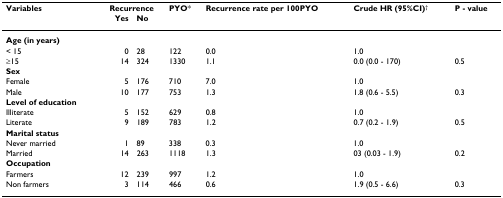
| Variables | <COLSPAN=2> Recurrence | PYO* | Recurrence rate per 100PYO | Crude HR (95%CI)† | P - value |
 |  | Yes | No |  |  |  |  |
 | --- | --- | --- | --- | --- | --- | --- |
 | Age (in years) |  |  |  |  |  |  |
 | < 15 | 0 | 28 | 122 | 0.0 | 1.0 |  |
 | ≥15 | 14 | 324 | 1330 | 1.1 | 0.0 (0.0 - 170) | 0.5 |
 | Sex |  |  |  |  |  |  |
 | Female | 5 | 176 | 710 | 7.0 | 1.0 |  |
 | Male | 10 | 177 | 753 | 1.3 | 1.8 (0.6 - 5.5) | 0.3 |
 | Level of education |  |  |  |  |  |  |
 | Illiterate | 5 | 152 | 629 | 0.8 | 1.0 |  |
 | Literate | 9 | 189 | 783 | 1.2 | 0.7 (0.2 - 1.9) | 0.5 |
 | Marital status |  |  |  |  |  |  |
 | Never married | 1 | 89 | 338 | 0.3 | 1.0 |  |
 | Married | 14 | 263 | 1118 | 1.3 | 03 (0.03 - 1.9) | 0.2 |
 | Occupation |  |  |  |  |  |  |
 | Farmers | 12 | 239 | 997 | 1.2 | 1.0 |  |
 | Non farmers | 3 | 114 | 466 | 0.6 | 1.9 (0.5 - 6.6) | 0.3 |